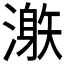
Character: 𣽜